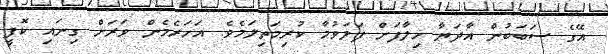
އޭގެ ސަބަބުން އާދަޔާ ޚިލާފަށް ފަލަވުމާ ކުރިމަތިލަމެވެ. އަހަރެމެން ވަރަށް ގިނައި ކޮފީ